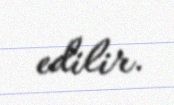
edilir.